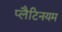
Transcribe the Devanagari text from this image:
प्लैटिनयम